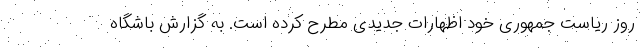
روز ریاست جمهوری خود اظهارات جدیدی مطرح کرده است. به گزارش باشگاه